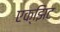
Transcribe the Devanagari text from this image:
एक्झिट